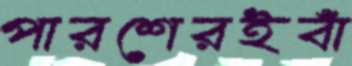
পারশেরইবাঁ